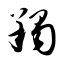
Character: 羯